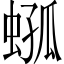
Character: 𧍆